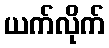
ယက်လိုက်